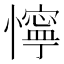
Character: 懧